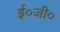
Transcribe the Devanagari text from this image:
ई०जी०